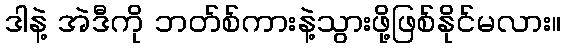
ဒါနဲ့ အဲဒီကို ဘတ်စ်ကားနဲ့သွားဖို့ဖြစ်နိုင်မလား။